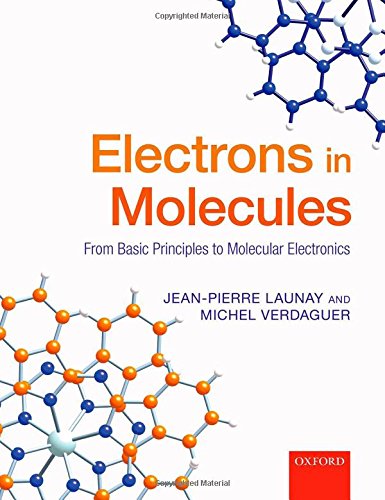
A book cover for Electrons in Molecules: From Basic Principles to Molecular Electronics; Jean-Pierre Launay; Science & Math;